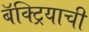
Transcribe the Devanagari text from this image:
बॅक्ट्रियाची